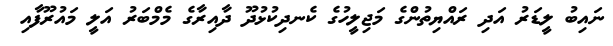
ނައިބު ލީޑަރު އަދި ރައްޔިތުންގެ މަޖިލީހުގެ ކެނދިކުޅުދޫ ދާއިރާގެ މެމްބަރު އަލީ މައުރޫފާއި